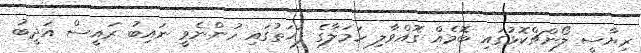
ރިޔާސީ ލޯންޗްކޮޅުގައި ބޮމެއް ގޮއްވާލި ހަމަލާގެ ފަހަތުގައި ހުންނެވީ ނައިބު ރައީސް އަދީބު